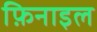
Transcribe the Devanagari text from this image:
फ़िनाइल